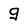
Character: g